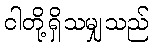
ငါတို့ရှိသမျှသည်